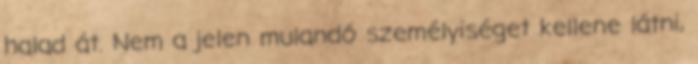
halad át. Nem a jelen mulandó személyiséget kellene látni,